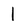
Character: 1